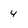
Character: 4